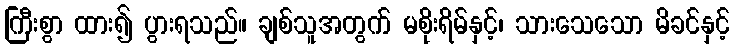
ကြီးစွာ ထား၍ ပွားရသည်။ ချစ်သူအတွက် မစိုးရိမ်နှင့်၊ သားသေသော မိခင်နှင့်